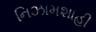
નિઝામશાહી